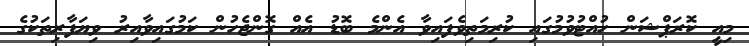
މިއީ ކޮރަޕްޝަން ހުއްޓުވުމުގައި ކުރިމަތިވެފައިވާ އެންމެ ބޮޑު އެއް ގޮންޖެހުން ކަމުގައިވާއިރު ވިޔަފާރިތަކުގެ